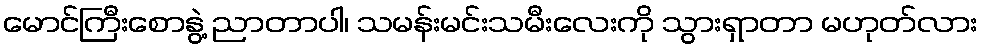
မောင်ကြီးစောနွဲ့ ညာတာပါ၊ သမန်းမင်းသမီးလေးကို သွားရှာတာ မဟုတ်လား